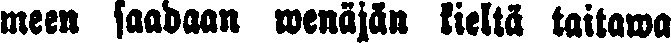
meen saadaan wenäjän kieltä taitawa